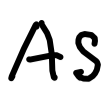
Text: As
Cross-out: clean
Writing tool: digital_black